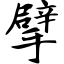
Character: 擘